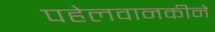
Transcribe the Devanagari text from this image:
पहेलवानकीने